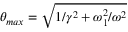
\theta _ { m a x } = \sqrt { 1 / \gamma ^ { 2 } + \omega _ { 1 } ^ { 2 } / \omega ^ { 2 } }